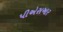
પીએસઆર